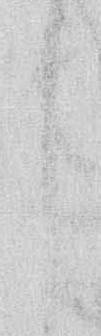
し